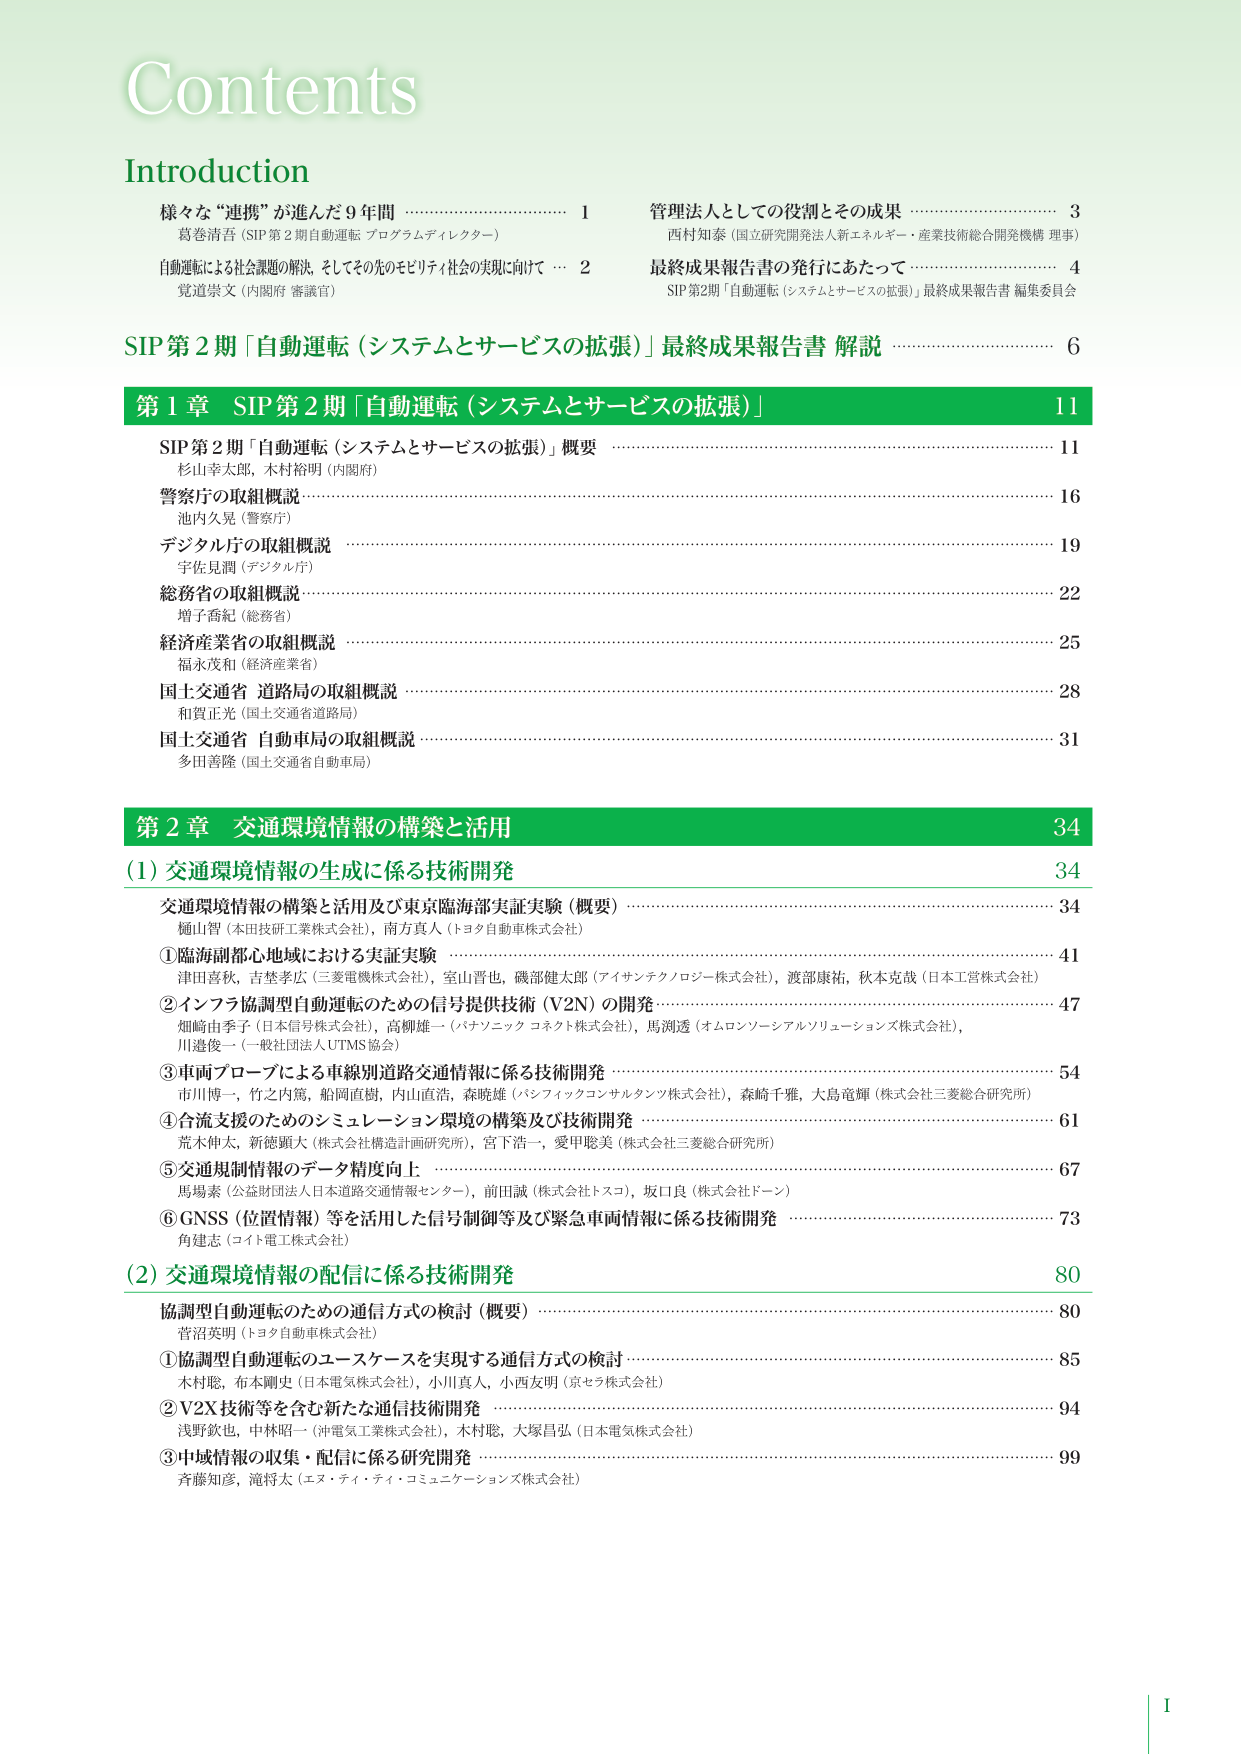
Contents

Introduction
様々な“連携”が進んだ9年間 ……………………………… 1
葛巻清吾（SIP第2期自動運転 プログラムディレクター）
自動運転による社会課題の解決、そしてその先のモビリティ社会の実現に向けて … 2
競道崇文（内閣府 審議官）
管理法人としての役割とその成果 ……………………………… 3
西村知泰（国立研究開発法人新エネルギー・産業技術総合開発機構 理事）
最終成果報告書の発行にあたって ……………………………… 4
SIP第2期「自動運転（システムとサービスの拡張）」最終成果報告書 編集委員会

SIP第2期「自動運転（システムとサービスの拡張）」最終成果報告書 解説 ……………………………… 6

第1章 SIP第2期「自動運転（システムとサービスの拡張）」 11
SIP第2期「自動運転（システムとサービスの拡張）」概要 ……………………………… 11
杉山幸太郎、木村裕明（内閣府）
警察庁の取組概説 ……………………………… 16
池内久晃（警察庁）
デジタル庁の取組概説 ……………………………… 19
宇佐見潤（デジタル庁）
総務省の取組概説 ……………………………… 22
増子香紀（総務省）
経済産業省の取組概説 ……………………………… 25
福永茂和（経済産業省）
国土交通省 道路局の取組概説 ……………………………… 28
和賀正光（国土交通省道路局）
国土交通省 自動車局の取組概説 ……………………………… 31
多田善隆（国土交通省自動車局）

第2章 交通環境情報の構築と活用 34
(1) 交通環境情報の生成に係る技術開発 34
交通環境情報の構築と活用及び東京臨海部実証実験（概要） ……………………………… 34
樋山智（本田技研工業株式会社）、南方真人（トヨタ自動車株式会社）
①臨海副都心地域における実証実験 ……………………………… 41
津田喜秋、吉整孝広（三菱電機株式会社）、室山晋也、磯部健太郎（アイサンテクノロジー株式会社）、渡部康祐、秋本克哉（日本工営株式会社）
②インフラ協調型自動運転のための信号提供技術（V2N）の開発 ……………………………… 47
畑崎由季子（日本信号株式会社）、高柳雄一（パナソニック コネクト株式会社）、馬渕透（オムロンソーシャルソリューションズ株式会社）、川邉俊一（一般社団法人UTMS協会）
③車両プローブによる車線別道路交通情報に係る技術開発 ……………………………… 54
市川博一、竹之内篤、船岡直樹、内山直浩、森暁雄（パシフィックコンサルタンツ株式会社）、森崎千雅、大島竜輝（株式会社三菱総合研究所）
④合流支援のためのシミュレーション環境の構築及び技術開発 ……………………………… 61
荒木伸太、新徳顕大（株式会社構造計画研究所）、宮下浩一、愛甲聡美（株式会社三菱総合研究所）
⑤交通規制情報のデータ精度向上 ……………………………… 67
馬場素（公益財団法人日本道路交通情報センター）、前田誠（株式会社トスコ）、坂口良（株式会社ドーン）
⑥GNSS（位置情報）等を活用した信号制御等及び緊急車両情報に係る技術開発 ……………………………… 73
角建志（コト電工株式会社）

(2) 交通環境情報の配信に係る技術開発 80
協調型自動運転のための通信方式の検討（概要） ……………………………… 80
菅沼英明（トヨタ自動車株式会社）
①協調型自動運転のユースケースを実現する通信方式の検討 ……………………………… 85
木村聡、布本剛史（日本電気株式会社）、小川真人、小西友明（京セラ株式会社）
②V2X技術等を含む新たな通信技術開発 ……………………………… 94
浅野欽也、中林昭一（沖電気工業株式会社）、木村聡、大塚昌弘（日本電気株式会社）
③中域情報の収集・配信に係る研究開発 ……………………………… 99
斉藤知彦、滝将太（エヌ・ティ・ティ・コミュニケーションズ株式会社）

I